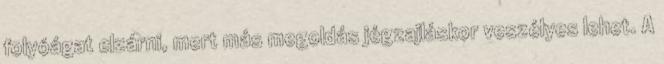
folyóágat elzárni, mert más megoldás jégzajláskor veszélyes lehet. A